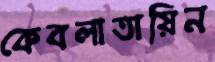
কেবলাতায়িন